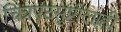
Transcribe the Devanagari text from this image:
चित्रपटसृष्टीलाही